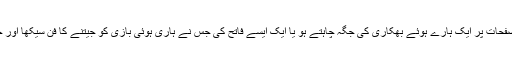
تم تاریخ کے صفحات پر ایک ہارے ہوئے بھکاری کی جگہ چاہتے ہو یا ایک ایسے فاتح کی جس نے ہاری ہوئی بازی کو جیتنے کا فن سیکھا اور جیت کر دکھایا۔